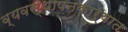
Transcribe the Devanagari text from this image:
व्यवस्थापनकार्यात